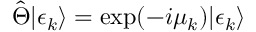
\hat { \Theta } | \epsilon _ { k } \rangle = \exp ( - i \mu _ { k } ) | \epsilon _ { k } \rangle